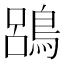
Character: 𪁳